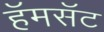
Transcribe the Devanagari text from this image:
हॅमसॅट